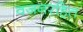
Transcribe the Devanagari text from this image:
वजनरहित